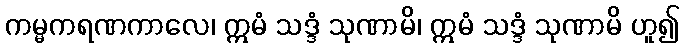
ကမ္မကရဏကာလေ၊ ဣမံ သဒ္ဒံ သုဏာမိ၊ ဣမံ သဒ္ဒံ သုဏာမိ ဟူ၍